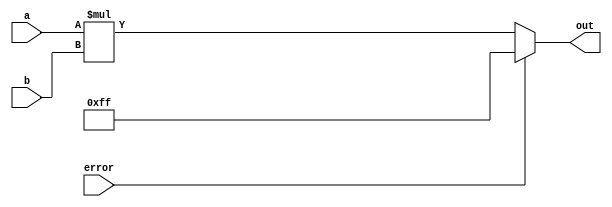
/*
   This file was generated automatically by the Mojo IDE version B1.3.6.
   Do not edit this file directly. Instead edit the original Lucid source.
   This is a temporary file and any changes made to it will be destroyed.
*/

module multiplier_7 (
    input [7:0] a,
    input [7:0] b,
    output reg [7:0] out,
    input error
  );
  
  
  
  always @* begin
    out = $signed(a) * $signed(b);
    if (error) begin
      out = 8'hff;
    end
  end
endmodule